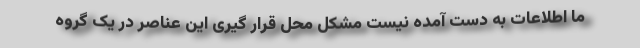
ما اطلاعات به دست آمده نیست مشکل محل قرار گیری این عناصر در یک گروه